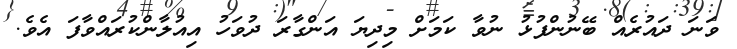
ވަނަ ދައުރެއް ބޭނުންފުޅު ނުވާ ކަމަށް މިދިޔަ އަންގާރަ ދުވަހު އިއުލާންކުރައްވާފަ އެވެ.